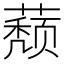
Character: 𰲁